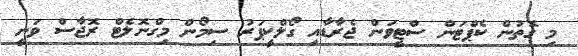
މި ގޮތުން ކެޕްޓަން ސްޓީވަން ޖެރާޑާއި ގޯލްކީޕަރު ސިމޯން މިގްނޮލެޓް ރޮޖާސް ވަނީ